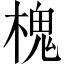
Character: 槐